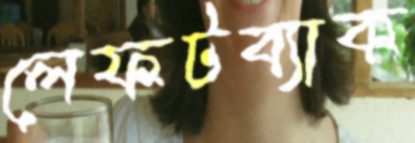
লেফটব্যাক